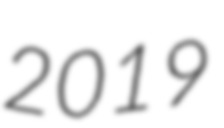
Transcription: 2019